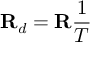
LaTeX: \mathbf { R } _ { d } = \mathbf { R } { \frac { 1 } { T } }